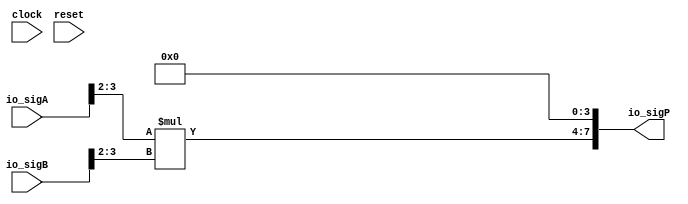
module PositMul6_1_2(
  input        clock,
  input        reset,
  input  [3:0] io_sigA,
  input  [3:0] io_sigB,
  output [7:0] io_sigP
);
  wire [1:0] _T; // @[PositMul.scala 34:28]
  wire [1:0] _T_1; // @[PositMul.scala 34:67]
  wire [1:0] _T_2; // @[PositMul.scala 34:83]
  wire [1:0] _T_3; // @[PositMul.scala 34:122]
  wire [3:0] _T_4; // @[PositMul.scala 34:74]
  wire [3:0] _T_5; // @[Cat.scala 29:58]
  assign _T = io_sigA[3:2]; // @[PositMul.scala 34:28]
  assign _T_1 = $signed(_T); // @[PositMul.scala 34:67]
  assign _T_2 = io_sigB[3:2]; // @[PositMul.scala 34:83]
  assign _T_3 = $signed(_T_2); // @[PositMul.scala 34:122]
  assign _T_4 = $signed(_T_1) * $signed(_T_3); // @[PositMul.scala 34:74]
  assign _T_5 = $unsigned(_T_4); // @[Cat.scala 29:58]
  assign io_sigP = {_T_5,4'h0}; // @[PositMul.scala 34:13]
endmodule